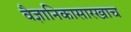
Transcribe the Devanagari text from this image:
वैज्ञानिकासारखाच